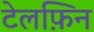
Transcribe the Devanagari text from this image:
टेलफ़िन